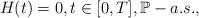
LaTeX: \begin{align*}H(t)=0, t\in [0,T],\mathbb P-a.s.,\end{align*}